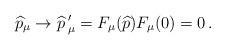
LaTeX: \begin{align*}\widehat{p}_\mu \to \widehat{p}{\, }'_\mu = F_\mu (\widehat{p}) F_\mu (0) = 0 \, .\end{align*}